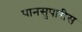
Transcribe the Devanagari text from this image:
पानसुपारीस